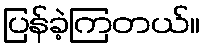
ပြန်ခဲ့ကြတယ်။